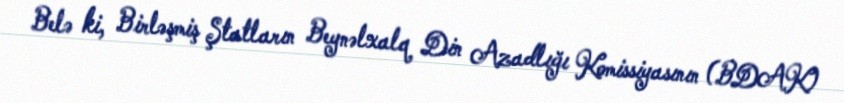
Belə ki, Birləşmiş Ştatların Beynəlxalq Din Azadlığı Komissiyasının (BDAK)